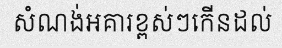
សំណង់អគារខ្ពស់ៗកើនដល់